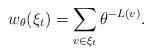
LaTeX: \begin{align*} w_\theta(\xi_t) &= \sum_{v\in\xi_t}\theta^{- L(v)}. \end{align*}